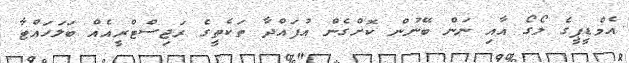
އެމްޑީޕީގެ ލޯގޯ އާއި ނަން ބޭނުން ކޮށްގެން އުފައްދާ ތަކެތީގެ ރަޖިސްޓްރީއެއް ބަލަހައްޓާ